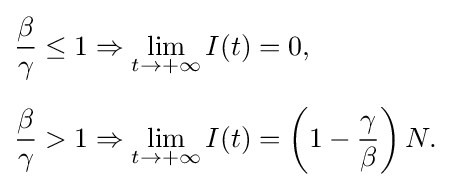
{\begin{aligned}&{\frac {\beta }{\gamma }}\leq 1\Rightarrow \lim _{t\to +\infty }I(t)=0,\\[6pt]&{\frac {\beta }{\gamma }}>1\Rightarrow \lim _{t\to +\infty }I(t)=\left(1-{\frac {\gamma }{\beta }}\right)N.\end{aligned}}